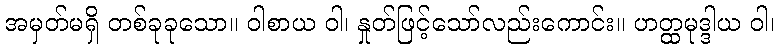
အမှတ်မရှိ တစ်ခုခုသော။ ဝါစာယ ဝါ၊ နှုတ်ဖြင့်သော်လည်းကောင်း။ ဟတ္ထမုဒ္ဒါယ ဝါ၊